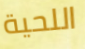
اللحية